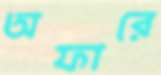
অফারে